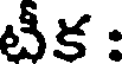
టీక :